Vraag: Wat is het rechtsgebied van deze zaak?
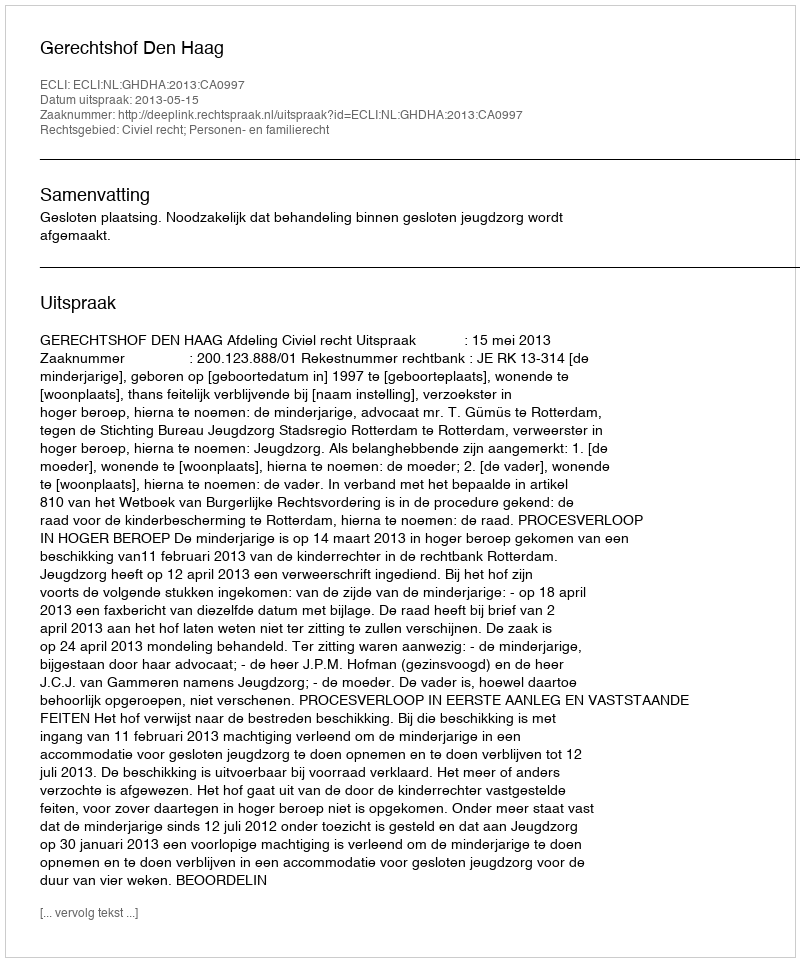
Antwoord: Civiel recht; Personen- en familierecht